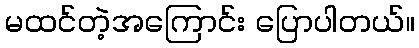
မထင်တဲ့အကြောင်း ပြောပါတယ်။